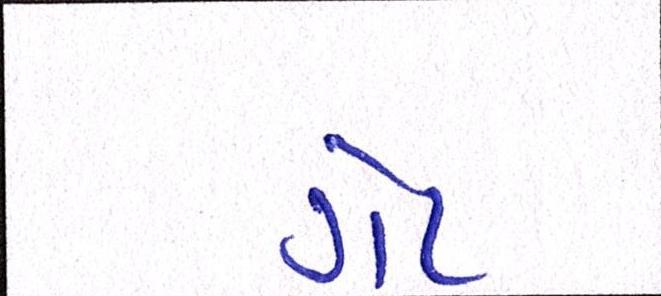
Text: ગેટ